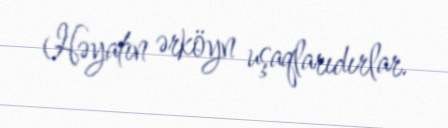
Həyatın ərköyn uşaqlarıdırlar.